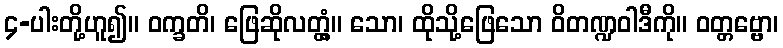
၄-ပါးတို့ဟူ၍။ ဝက္ခတိ၊ ဖြေဆိုလတ္တံ့။ သော၊ ထိုသို့ဖြေသော ဝိတဏ္ဍဝါဒီကို။ ဝတ္တဗ္ဗော၊